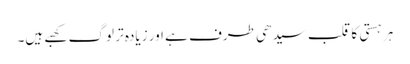
ہر ہستی کا قلب سیدھی طرف ہے اور زیادہ تر لوگ کھبے ہیں۔